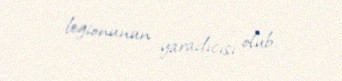
legionunun yaradıcısı olub.